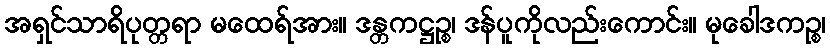
အရှင်သာရိပုတ္တရာ မထေရ်အား။ ဒန္တကဋ္ဌဉ္စ၊ ဒန်ပူကိုလည်းကောင်း။ မုခေါဒကဉ္စ၊